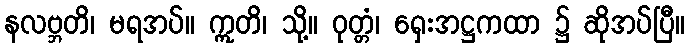
နလဗ္ဘတိ၊ မရအပ်။ ဣတိ၊ သို့။ ဝုတ္တံ၊ ရှေးအဋ္ဌကထာ ၌ ဆိုအပ်ပြီ။